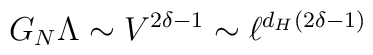
G_N\Lambda \sim V^{2\delta -1} \sim \ell^{d_H (2\delta -1)}